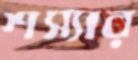
শস্যার